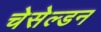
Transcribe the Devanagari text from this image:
चेसेल्डन